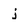
Character: j